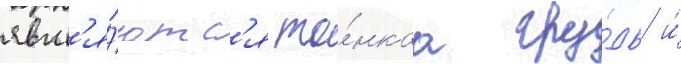
явл'я́ютс'я то́нкаа гру́дь и́